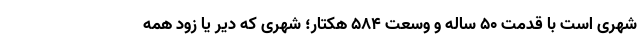
شهری است با قدمت ۵۰ ساله و وسعت ۵۸۴ هکتار؛ شهری که دیر یا زود همه